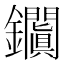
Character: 𨰎